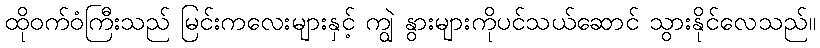
ထိုဝက်ဝံကြီးသည် မြင်းကလေးများနှင့် ကျွဲ နွားများကိုပင်သယ်ဆောင် သွားနိုင်လေသည်။